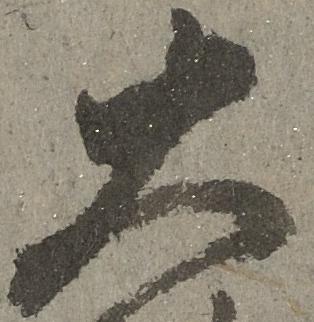
大